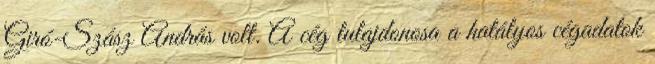
Giró-Szász András volt. A cég tulajdonosa a hatályos cégadatok